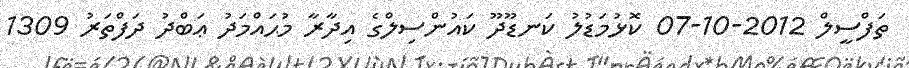
ތަފްސީލް 2012-10-07 ކޮޅުމަޑުލު ކަނޑޫދޫ ކައުންސިލްގެ އިދާރާ މުޙައްމަދު ޢަބްދު ދަފްތަރު 1309